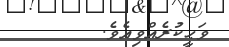
ވަޙީކުރެއްވިއެވެ.